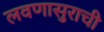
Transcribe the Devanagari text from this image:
लवणासुराची